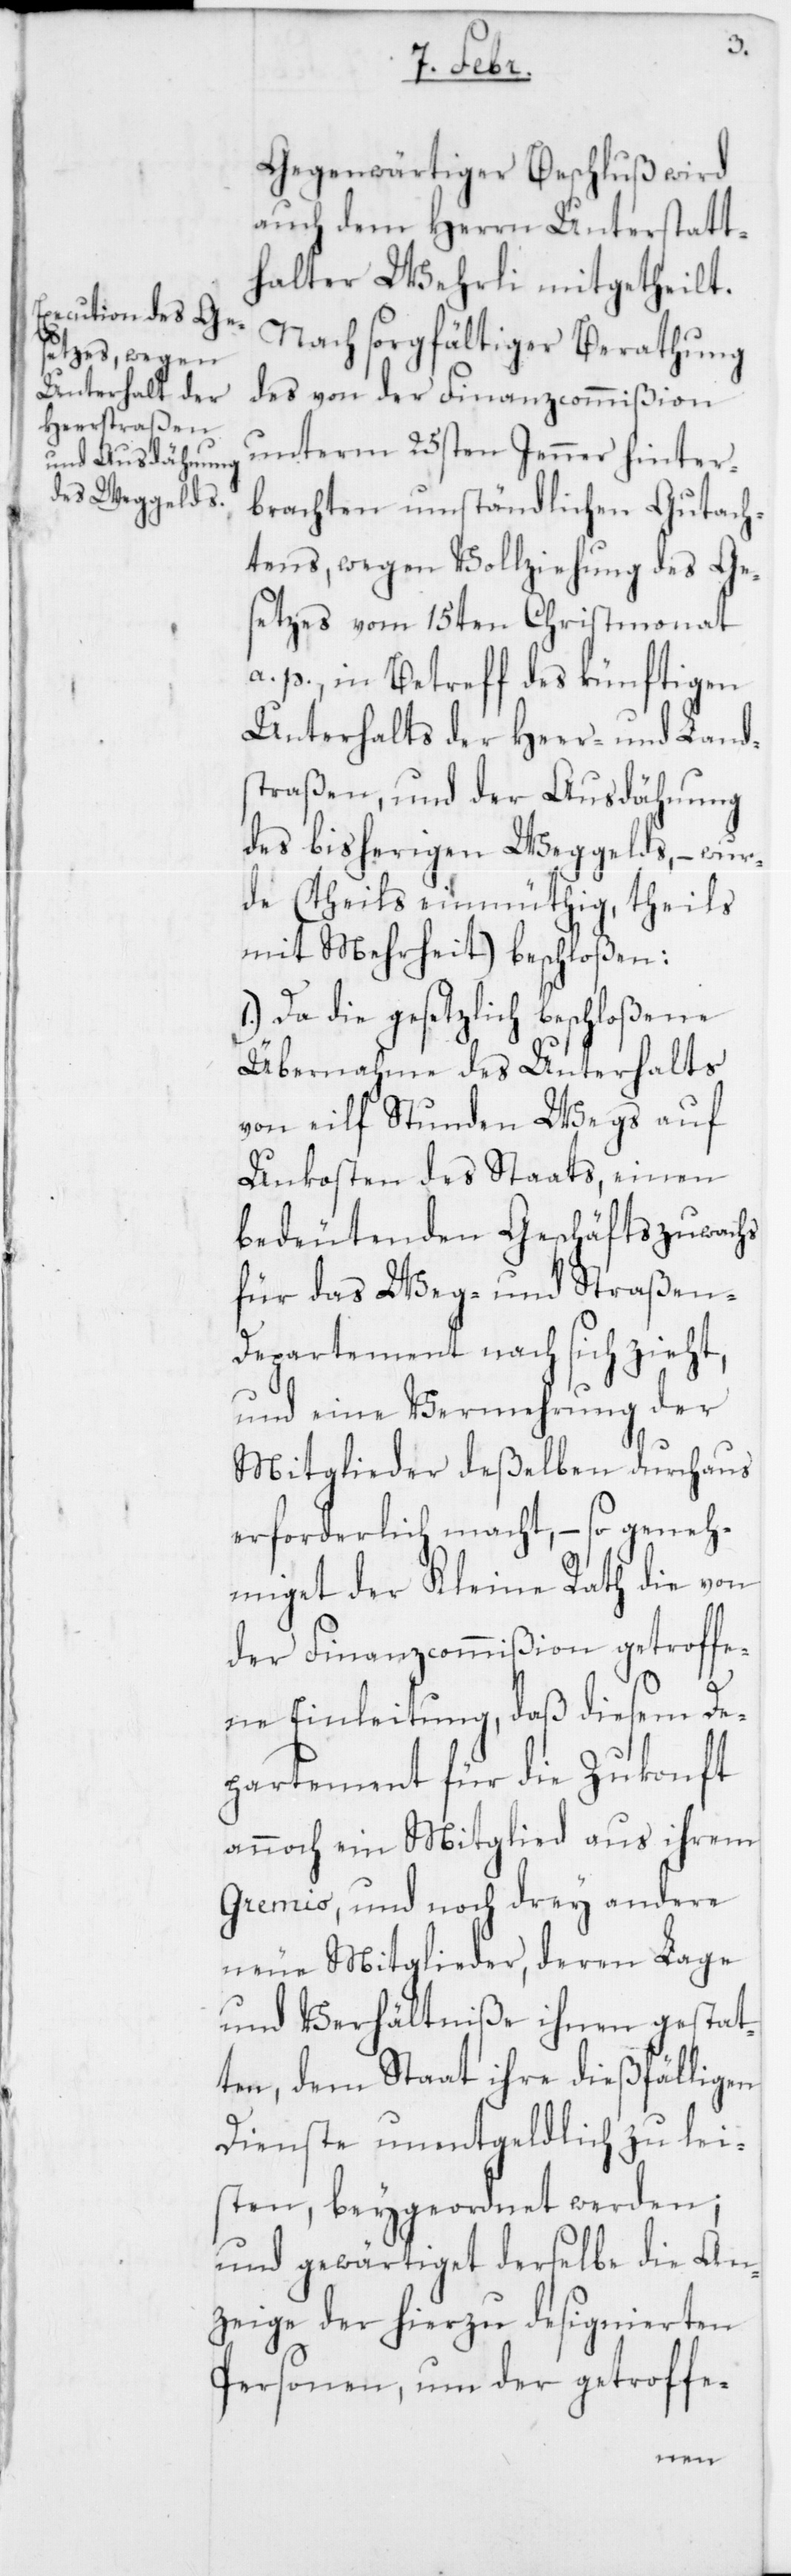
Gegenwärtiger Beschluß wird
auch dem Herrn Unterstatt¬
halter Wehrli mitgetheilt.
Nach sorgfältiger Berathung
des von der Finanzcommißion
unterm 25sten Jenner hinter¬
brachten umständlichen Gutach¬
tens, wegen Vollziehung des Ge¬
setzes vom 15ten Christmonat
a. p., in Betreff des künftigen
Unterhalts der Heer- und Land¬
straßen, und der Ausdähnung
des bisherigen Weggelds, – wur¬
de (theils einmüthig, theils
mit Mehrheit) beschloßen:
1.) Da die gesetzlich beschloßene
Übernahme des Unterhalts
von eilf Stunden Wegs auf
Unkosten des Staats, einen
bedeutenden Geschäftszuwachs
für das Weg- und Straßen-D¬
epartement nach sich zieht,
und eine Vermehrung der
Mitglieder deßelben durchaus
erforderlich macht, – so geneh¬
miget der Kleine Rath die von
der Finanzcommißion getroffe¬
ne Einleitung, daß diesem De¬
partement für die Zukonft
annoch ein Mitglied aus ihrem
Gremio, und noch drey andere
neue Mitglieder, deren Lage
und Verhältniße ihnen gestat¬
ten, dem Staat ihre dießfälligen
Dienste unentgeldlich zu lei¬
sten, beygeordnet werden;
und gewärtiget derselbe die An¬
zeige der hierzu designierten
Personen, um der getroffe-